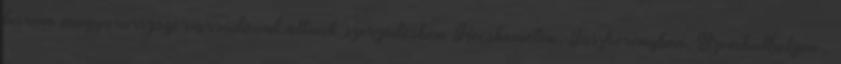
három magyarországi varrodával állnak szerződésben Kecskeméten, Jászberényben, Szombathelyen ,